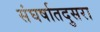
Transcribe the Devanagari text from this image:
संघर्षातदुसरा